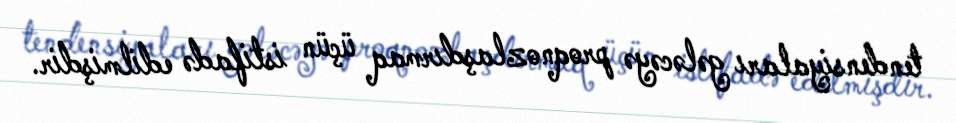
tendensiyaları gələcəyə proqnozlaşdırmaq üçün istifadə edilmişdir.